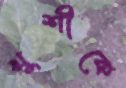
খুশীকে